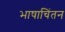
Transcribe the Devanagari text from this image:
भाषाचिंतन